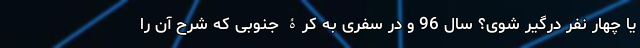
یا چهار نفر درگیر شوی؟ سال 96 و در سفری به کرۀ جنوبی که شرح آن را